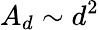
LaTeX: A_{d}\sim d^{2}